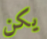
يكن